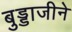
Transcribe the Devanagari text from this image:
बुड्डाजीने